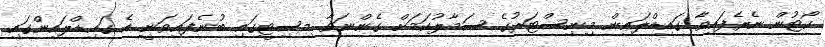
ކޯޓުން ނެރެފައިވާ ގައިޑްލައިން މިނިސްޓަރުގެ ސަމާލުކަމަށް ގެންނަވާ މިސިޓީގައި ބުނެފައިވަނީ އެ ގައިޑްލައިންގައި